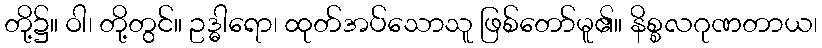
တို့၌။ ဝါ၊ တို့တွင်။ ဥဒ္ဓါရော၊ ထုတ်အပ်သောသူ ဖြစ်တော်မူ၏။ နိစ္စလဂုဏတာယ၊